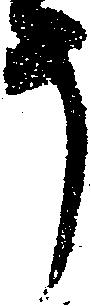
う